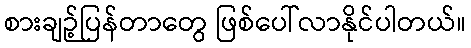
စားချဉ့်ပြန်တာတွေ ဖြစ်ပေါ်လာနိုင်ပါတယ်။